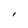
Character: I